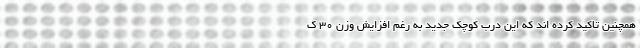
همچنین تاکید کرده اند که این درب کوچک جدید به رغم افزایش وزن 30 ک